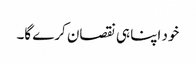
خود اپنا ہی نقصان کرے گا۔